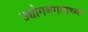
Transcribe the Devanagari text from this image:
उद्योगजगताच्या